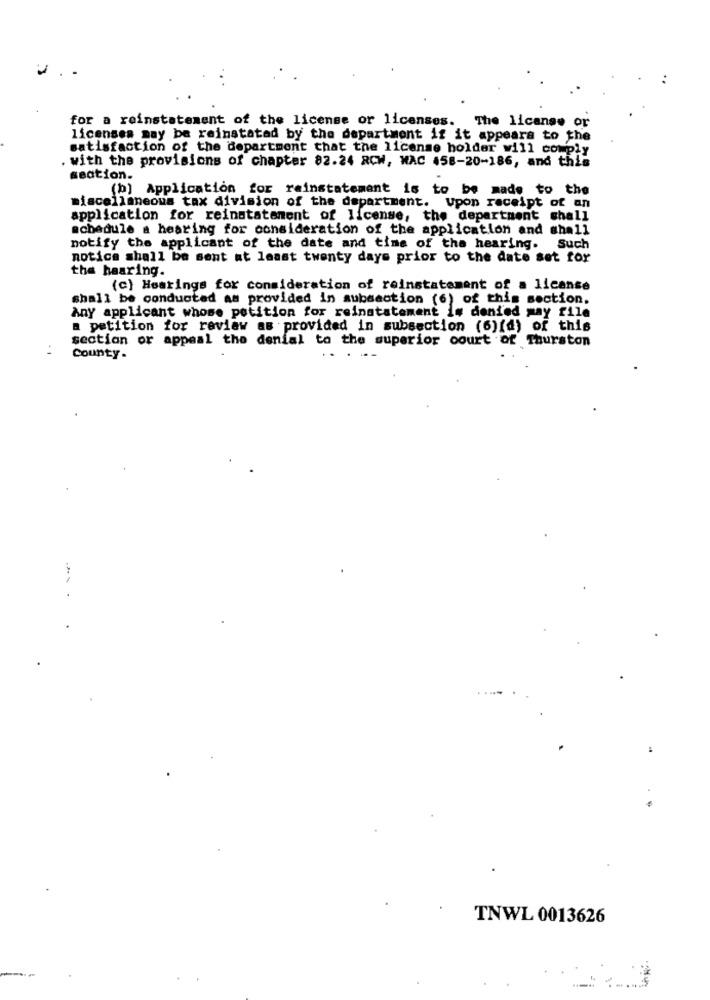
for a reinstatement of the license or licenses.
The license or
licenses may be reinstated by the department if it appears to the
satisfaction of the department that the license holder will comply
with the provisions of chapter 82.24 RCW, WAC 458-20-186, and this
seation.
(b) Application for rainstatement is to be made to the
miscellaneous tax division of the department. Upon receipt of an
application for reinstatement of license, the department shall
schedule a hearing for ochsideration of the application and shall
notify the applicant of the date and time of the hearing. Such
notice shall be sent at least twenty days prior to the date set for
the baaring.
(c) Hearings for consideration of reinstatement of a license
shall be conducted as provided in subsection (6) of this section.
Any applicant whose petition for reinstatement is denied may file
a petition for review as provided in subsection (6)(d) of this
section or appeal the denial to the superior court of Thurston
. .
County.
TNWL 0013626